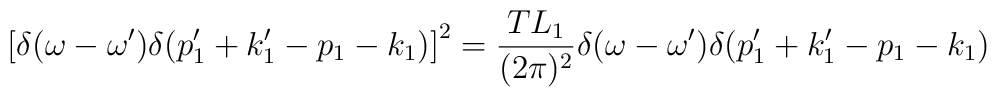
\left[ \delta (\omega - \omega') \delta (p'_1+ k'_1 - p_1 - k_1) \right] ^2= {T L_1 \over (2\pi )^2 } \delta(\omega - \omega') \delta (p'_1+ k'_1 - p_1 - k_1)